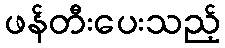
ဖန်တီးပေးသည့်